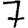
Digit: 7